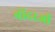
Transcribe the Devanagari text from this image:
बोंदरजी